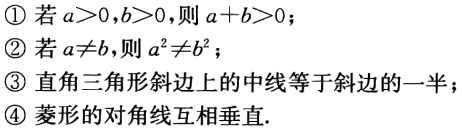
\textcircled{1} 若\(a > 0,b > 0\)，则\(a + b>0\)；

\textcircled{2} 若\(a\neq b\)，则\(a^{2}\neq b^{2}\)；

\textcircled{3} 直角三角形斜边上的中线等于斜边的一半；

\textcircled{4} 菱形的对角线互相垂直.